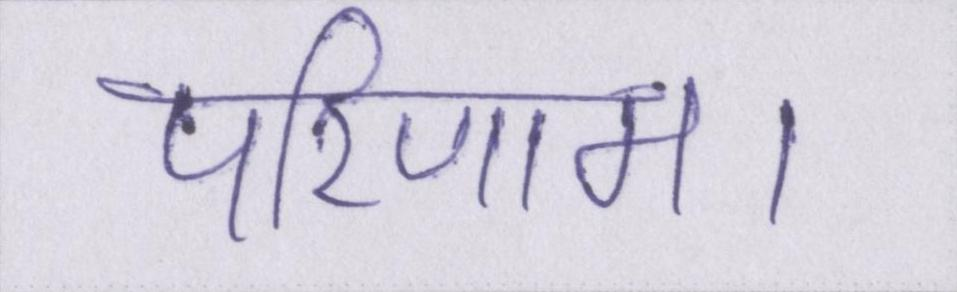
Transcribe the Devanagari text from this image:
परिणाम।